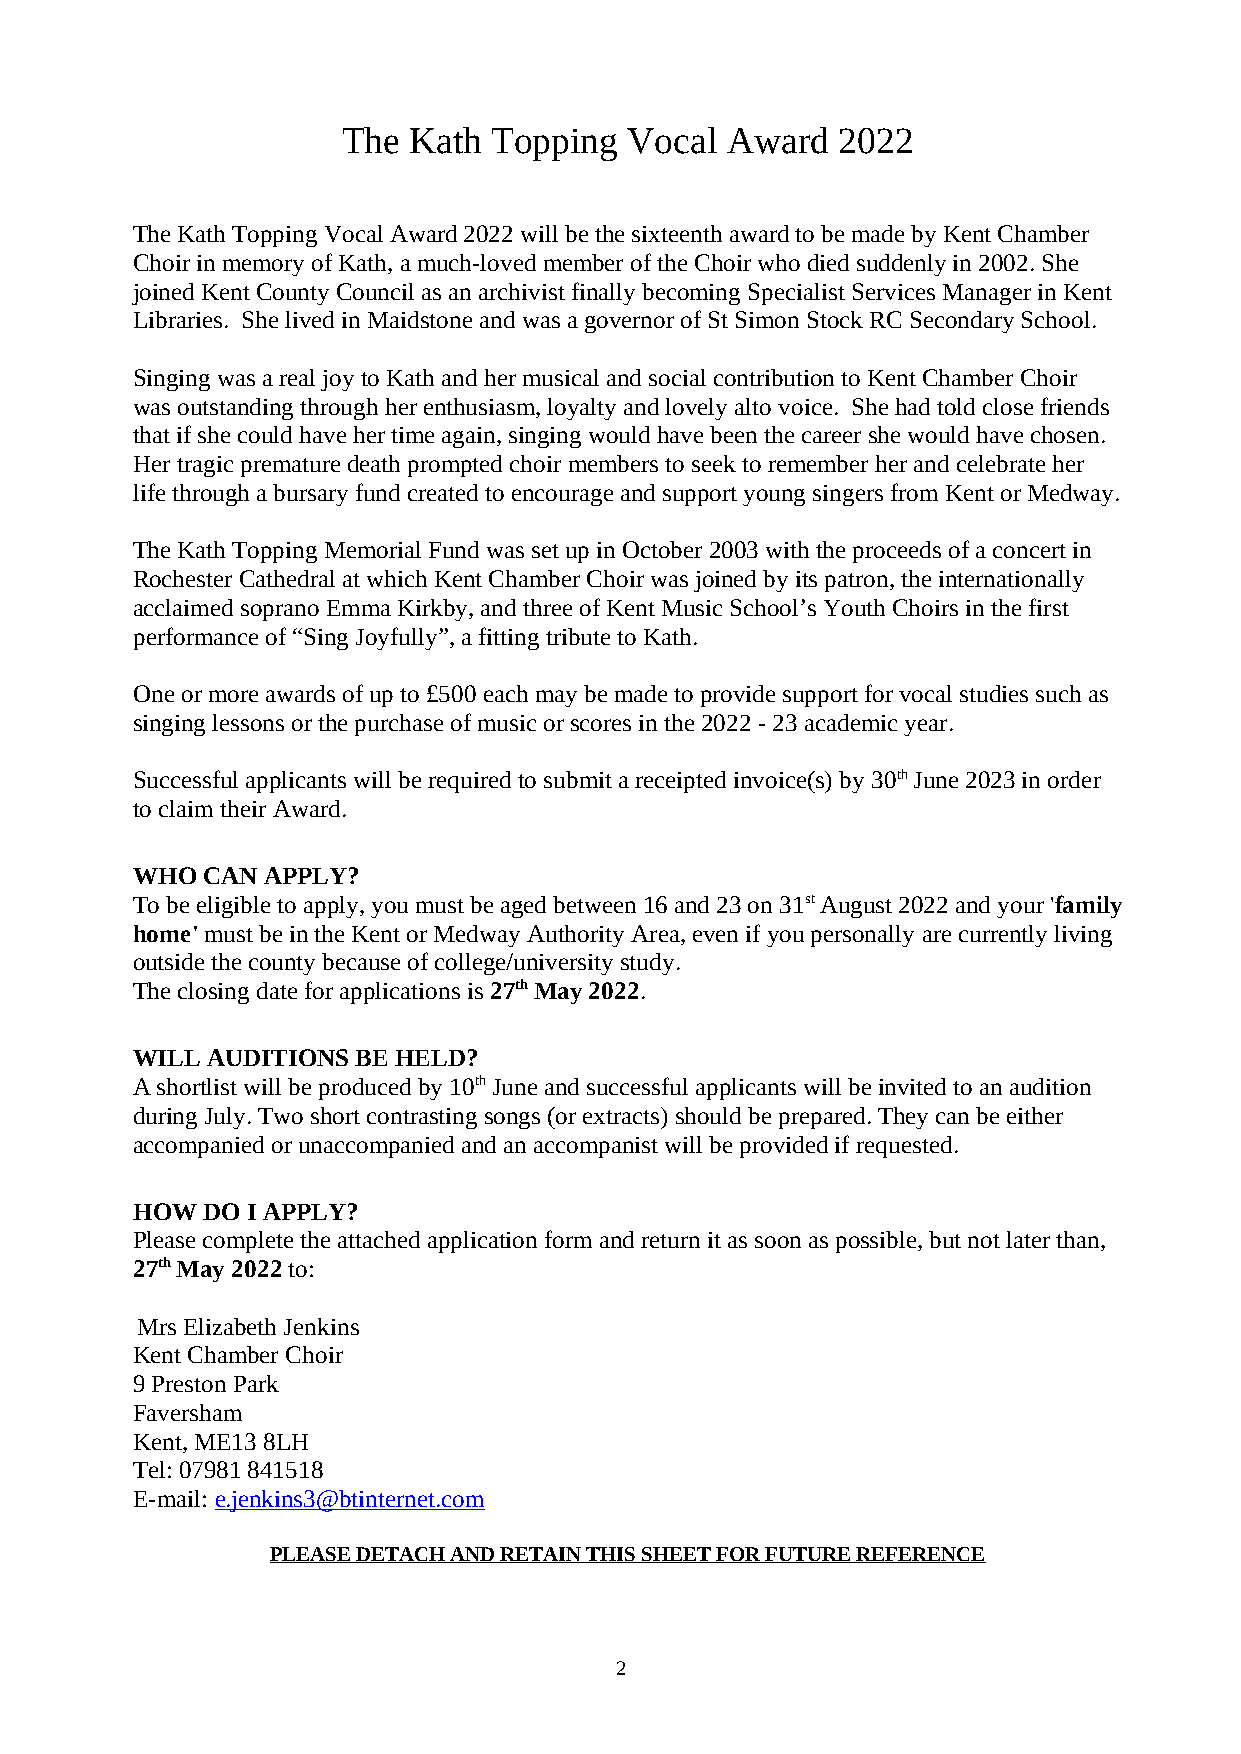
The Kath  Topping  Vocal Award  2022
 The Kath Topping Vocal Award 2022 will be the sixteenth award to be made by Kent Chamber
 Choir in memory of Kath, a much-loved member of the Choir who died suddenly in 2002. She
 joined Kent County Council as an archivist finally becoming Specialist Services Manager in Kent
 Libraries. She lived in Maidstone and was a governor of St Simon Stock RC Secondary School.
 Singing was a real joy to Kath and her musical and social contribution to Kent Chamber Choir
 was outstanding through her enthusiasm, loyalty and lovely alto voice. She had told close friends
 that if she could have her time again, singing would have been the career she would have chosen.
 Her tragic premature death prompted choir members to seek to remember her and celebrate her
 life through a bursary fund created to encourage and support young singers from Kent or Medway.
 The Kath Topping Memorial Fund was set up in October 2003 with the proceeds of a concert in
 Rochester Cathedral at which Kent Chamber Choir was joined by its patron, the internationally
 acclaimed soprano Emma Kirkby, and three of Kent Music School’s Youth Choirs in the first
 performance of “Sing Joyfully”, a fitting tribute to Kath.
 One or more awards of up to £500 each may be made to provide support for vocal studies such as
 singing lessons or the purchase of music or scores in the 2022 - 23 academic year.
 Successful applicants will be required to submit a receipted invoice(s) by 30th June 2023 in order
 to claim their Award.
 WHO CAN APPLY?
 To be eligible to apply, you must be aged between 16 and 23 on 31st August 2022 and your 'family
 home' must be in the Kent or Medway Authority Area, even if you personally are currently living
 outside the county because of college/university study.
 The closing date for applications is 27th May 2022.
 WILL AUDITIONS BE HELD?
 A shortlist will be produced by 10th June and successful applicants will be invited to an audition
 during July. Two short contrasting songs (or extracts) should be prepared. They can be either
 accompanied or unaccompanied and an accompanist will be provided if requested.
 HOW DO I APPLY?
 Please complete the attached application form and return it as soon as possible, but not later than,
 27th May 2022 to:
 Mrs Elizabeth Jenkins
 Kent Chamber Choir
 9 Preston Park
 Faversham
 Kent, ME13 8LH
 Tel: 07981 841518
 E-mail: e.jenkins3@btinternet.com
 PLEASE DETACH AND RETAIN THIS SHEET FOR FUTURE REFERENCE
 2